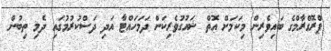
ޕްރޮގްރާމްގެ ބައިވެރިން މިކަމަށް އޮތް ޝައުގުވެރިކަން ދަމަހައްޓާ އަދި ދަސްކުރުމުގައި ދެމި ތިބުން